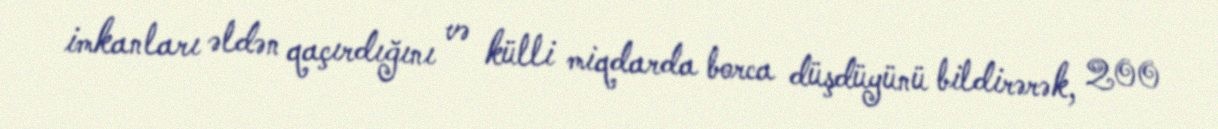
imkanları əldən qaçırdığını və külli miqdarda borca düşdüyünü bildirərək, 200